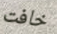
خافت